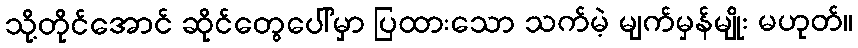
သို့တိုင်အောင် ဆိုင်တွေပေါ်မှာ ပြထားသော သက်မဲ့ မျက်မှန်မျိုး မဟုတ်။